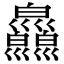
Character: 𤿄